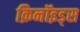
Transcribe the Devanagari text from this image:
क्रिनॉइड्स